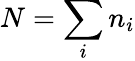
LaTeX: N=\sum_{i}n_{i}